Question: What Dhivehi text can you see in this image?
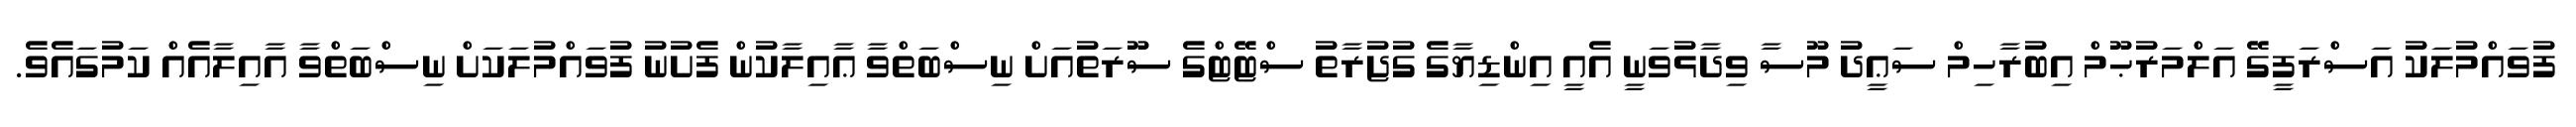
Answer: ފުވައްމުލަކު އަސްރަފީގޭ އަލްމަރުޙޫމް އިބުރާހިމް ސަޢީދު މޫސާ ވިދާޅުވަނީ އެއީ އިންޑިޔާގެ ގުޖުރާތު ސްޓޭޓްގެ ސޫރަތުއަށް ނިސްބަތްވާ ޢާއިލާކުން ފެށުނު ފުވައްމުލަކަށް ނިސްބަތްވާ އާއިލާއެއް ކަމުގައެވެ.